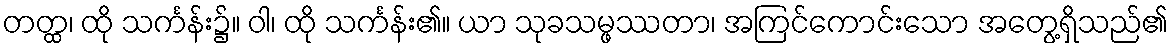
တတ္ထ၊ ထို သင်္ကန်း၌။ ဝါ၊ ထို သင်္ကန်း၏။ ယာ သုခသမ္ဖဿတာ၊ အကြင်ကောင်းသော အတွေ့ရှိသည်၏